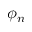
\phi _ { n }